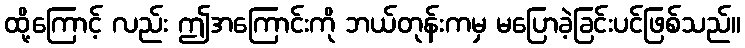
ထို့ကြောင့် လည်း ဤအကြောင်းကို ဘယ်တုန်းကမှ မပြောခဲ့ခြင်းပင်ဖြစ်သည်။